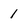
Character: 1